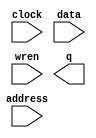
// megafunction wizard: %RAM: 1-PORT%VBB%
// GENERATION: STANDARD
// VERSION: WM1.0
// MODULE: altsyncram 

// ============================================================
// Megafunction Name(s):
// 			altsyncram
//
// Simulation Library Files(s):
// 			altera_mf
// ============================================================
// ************************************************************
// THIS IS A WIZARD-GENERATED FILE. DO NOT EDIT THIS FILE!
//
// 17.1.0 Build 590 10/25/2017 SJ Standard Edition
// ************************************************************

//Copyright (C) 2017  Intel Corporation. All rights reserved.
//Your use of Intel Corporation's design tools, logic functions 
//and other software and tools, and its AMPP partner logic 
//functions, and any output files from any of the foregoing 
//(including device programming or simulation files), and any 
//associated documentation or information are expressly subject 
//to the terms and conditions of the Intel Program License 
//Subscription Agreement, the Intel Quartus Prime License Agreement,
//the Intel FPGA IP License Agreement, or other applicable license
//agreement, including, without limitation, that your use is for
//the sole purpose of programming logic devices manufactured by
//Intel and sold by Intel or its authorized distributors.  Please
//refer to the applicable agreement for further details.

module memory (
	address,
	clock,
	data,
	wren,
	q);

	input	[11:0]  address;
	input	  clock;
	input	[15:0]  data;
	input	  wren;
	output	[15:0]  q;
`ifndef ALTERA_RESERVED_QIS
// synopsys translate_off
`endif
	tri1	  clock;
`ifndef ALTERA_RESERVED_QIS
// synopsys translate_on
`endif

endmodule

// ============================================================
// CNX file retrieval info
// ============================================================
// Retrieval info: PRIVATE: ADDRESSSTALL_A NUMERIC "0"
// Retrieval info: PRIVATE: AclrAddr NUMERIC "0"
// Retrieval info: PRIVATE: AclrByte NUMERIC "0"
// Retrieval info: PRIVATE: AclrData NUMERIC "0"
// Retrieval info: PRIVATE: AclrOutput NUMERIC "0"
// Retrieval info: PRIVATE: BYTE_ENABLE NUMERIC "0"
// Retrieval info: PRIVATE: BYTE_SIZE NUMERIC "8"
// Retrieval info: PRIVATE: BlankMemory NUMERIC "0"
// Retrieval info: PRIVATE: CLOCK_ENABLE_INPUT_A NUMERIC "0"
// Retrieval info: PRIVATE: CLOCK_ENABLE_OUTPUT_A NUMERIC "0"
// Retrieval info: PRIVATE: Clken NUMERIC "0"
// Retrieval info: PRIVATE: DataBusSeparated NUMERIC "1"
// Retrieval info: PRIVATE: IMPLEMENT_IN_LES NUMERIC "0"
// Retrieval info: PRIVATE: INIT_FILE_LAYOUT STRING "PORT_A"
// Retrieval info: PRIVATE: INIT_TO_SIM_X NUMERIC "0"
// Retrieval info: PRIVATE: INTENDED_DEVICE_FAMILY STRING "Cyclone IV E"
// Retrieval info: PRIVATE: JTAG_ENABLED NUMERIC "1"
// Retrieval info: PRIVATE: JTAG_ID STRING "NONE"
// Retrieval info: PRIVATE: MAXIMUM_DEPTH NUMERIC "0"
// Retrieval info: PRIVATE: MIFfilename STRING "/export/home/016/a0168127/FINAL/testcodes/add-5-times.mif"
// Retrieval info: PRIVATE: NUMWORDS_A NUMERIC "4096"
// Retrieval info: PRIVATE: RAM_BLOCK_TYPE NUMERIC "0"
// Retrieval info: PRIVATE: READ_DURING_WRITE_MODE_PORT_A NUMERIC "3"
// Retrieval info: PRIVATE: RegAddr NUMERIC "1"
// Retrieval info: PRIVATE: RegData NUMERIC "1"
// Retrieval info: PRIVATE: RegOutput NUMERIC "0"
// Retrieval info: PRIVATE: SYNTH_WRAPPER_GEN_POSTFIX STRING "0"
// Retrieval info: PRIVATE: SingleClock NUMERIC "1"
// Retrieval info: PRIVATE: UseDQRAM NUMERIC "1"
// Retrieval info: PRIVATE: WRCONTROL_ACLR_A NUMERIC "0"
// Retrieval info: PRIVATE: WidthAddr NUMERIC "12"
// Retrieval info: PRIVATE: WidthData NUMERIC "16"
// Retrieval info: PRIVATE: rden NUMERIC "0"
// Retrieval info: LIBRARY: altera_mf altera_mf.altera_mf_components.all
// Retrieval info: CONSTANT: CLOCK_ENABLE_INPUT_A STRING "BYPASS"
// Retrieval info: CONSTANT: CLOCK_ENABLE_OUTPUT_A STRING "BYPASS"
// Retrieval info: CONSTANT: INIT_FILE STRING "/export/home/016/a0168127/FINAL/testcodes/add-5-times.mif"
// Retrieval info: CONSTANT: INTENDED_DEVICE_FAMILY STRING "Cyclone IV E"
// Retrieval info: CONSTANT: LPM_HINT STRING "ENABLE_RUNTIME_MOD=YES,INSTANCE_NAME=NONE"
// Retrieval info: CONSTANT: LPM_TYPE STRING "altsyncram"
// Retrieval info: CONSTANT: NUMWORDS_A NUMERIC "4096"
// Retrieval info: CONSTANT: OPERATION_MODE STRING "SINGLE_PORT"
// Retrieval info: CONSTANT: OUTDATA_ACLR_A STRING "NONE"
// Retrieval info: CONSTANT: OUTDATA_REG_A STRING "UNREGISTERED"
// Retrieval info: CONSTANT: POWER_UP_UNINITIALIZED STRING "FALSE"
// Retrieval info: CONSTANT: READ_DURING_WRITE_MODE_PORT_A STRING "NEW_DATA_NO_NBE_READ"
// Retrieval info: CONSTANT: WIDTHAD_A NUMERIC "12"
// Retrieval info: CONSTANT: WIDTH_A NUMERIC "16"
// Retrieval info: CONSTANT: WIDTH_BYTEENA_A NUMERIC "1"
// Retrieval info: USED_PORT: address 0 0 12 0 INPUT NODEFVAL "address[11..0]"
// Retrieval info: USED_PORT: clock 0 0 0 0 INPUT VCC "clock"
// Retrieval info: USED_PORT: data 0 0 16 0 INPUT NODEFVAL "data[15..0]"
// Retrieval info: USED_PORT: q 0 0 16 0 OUTPUT NODEFVAL "q[15..0]"
// Retrieval info: USED_PORT: wren 0 0 0 0 INPUT NODEFVAL "wren"
// Retrieval info: CONNECT: @address_a 0 0 12 0 address 0 0 12 0
// Retrieval info: CONNECT: @clock0 0 0 0 0 clock 0 0 0 0
// Retrieval info: CONNECT: @data_a 0 0 16 0 data 0 0 16 0
// Retrieval info: CONNECT: @wren_a 0 0 0 0 wren 0 0 0 0
// Retrieval info: CONNECT: q 0 0 16 0 @q_a 0 0 16 0
// Retrieval info: GEN_FILE: TYPE_NORMAL memory.v TRUE
// Retrieval info: GEN_FILE: TYPE_NORMAL memory.inc FALSE
// Retrieval info: GEN_FILE: TYPE_NORMAL memory.cmp FALSE
// Retrieval info: GEN_FILE: TYPE_NORMAL memory.bsf TRUE
// Retrieval info: GEN_FILE: TYPE_NORMAL memory_inst.v TRUE
// Retrieval info: GEN_FILE: TYPE_NORMAL memory_bb.v TRUE
// Retrieval info: LIB_FILE: altera_mf